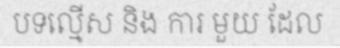
បទល្មើស និង ការ មួយ ដែល